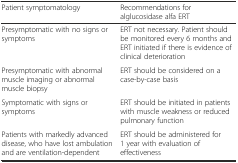
<table><thead><tr><td><b>Patient symptomatology</b></td><td><b>Recommendations for alglucosidase alfa ERT</b></td></tr></thead><tbody><tr><td>Presymptomatic with no signs or symptoms</td><td>ERT not necessary. Patient should be monitored every 6 months and ERT initiated if there is evidence of clinical deterioration</td></tr><tr><td>Presymptomatic with abnormal muscle imaging or abnormal muscle biopsy</td><td>ERT should be considered on a case-by-case basis</td></tr><tr><td>Symptomatic with signs or symptoms</td><td>ERT should be initiated in patients with muscle weakness or reduced pulmonary function</td></tr><tr><td>Patients with markedly advanced disease, who have lost ambulation and are ventilation-dependent</td><td>ERT should be administered for 1 year with evaluation of effectiveness</td></tr></tbody></table>